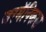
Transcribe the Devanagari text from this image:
जरमॅनिकस